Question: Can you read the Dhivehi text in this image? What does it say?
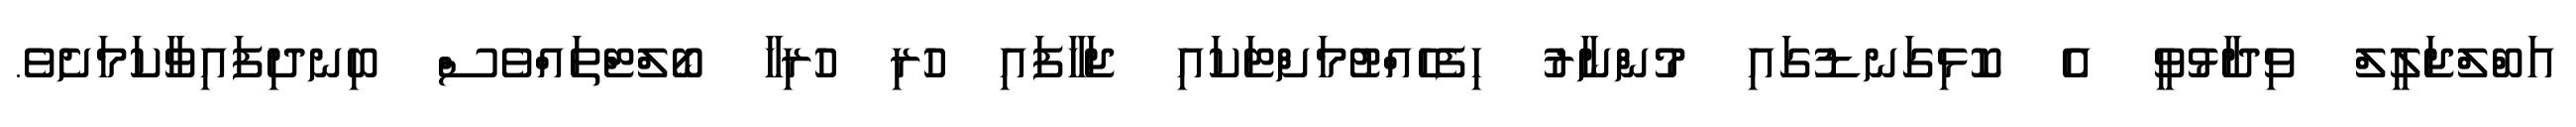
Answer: އަބްލްޖަލީލް ވިދާޅުވީ އެ ކޮޅިގަނޑުގައި މުންނާރު ހިފެހެއްޓުމަށްޓަކައި ޖަހާފައި ހުރި ހުރިހާ ބޯލްޓްތައްވެސް ބިނދިފައިވާކަމަށެވެ.